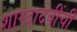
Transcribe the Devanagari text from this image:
शारदादेवींची